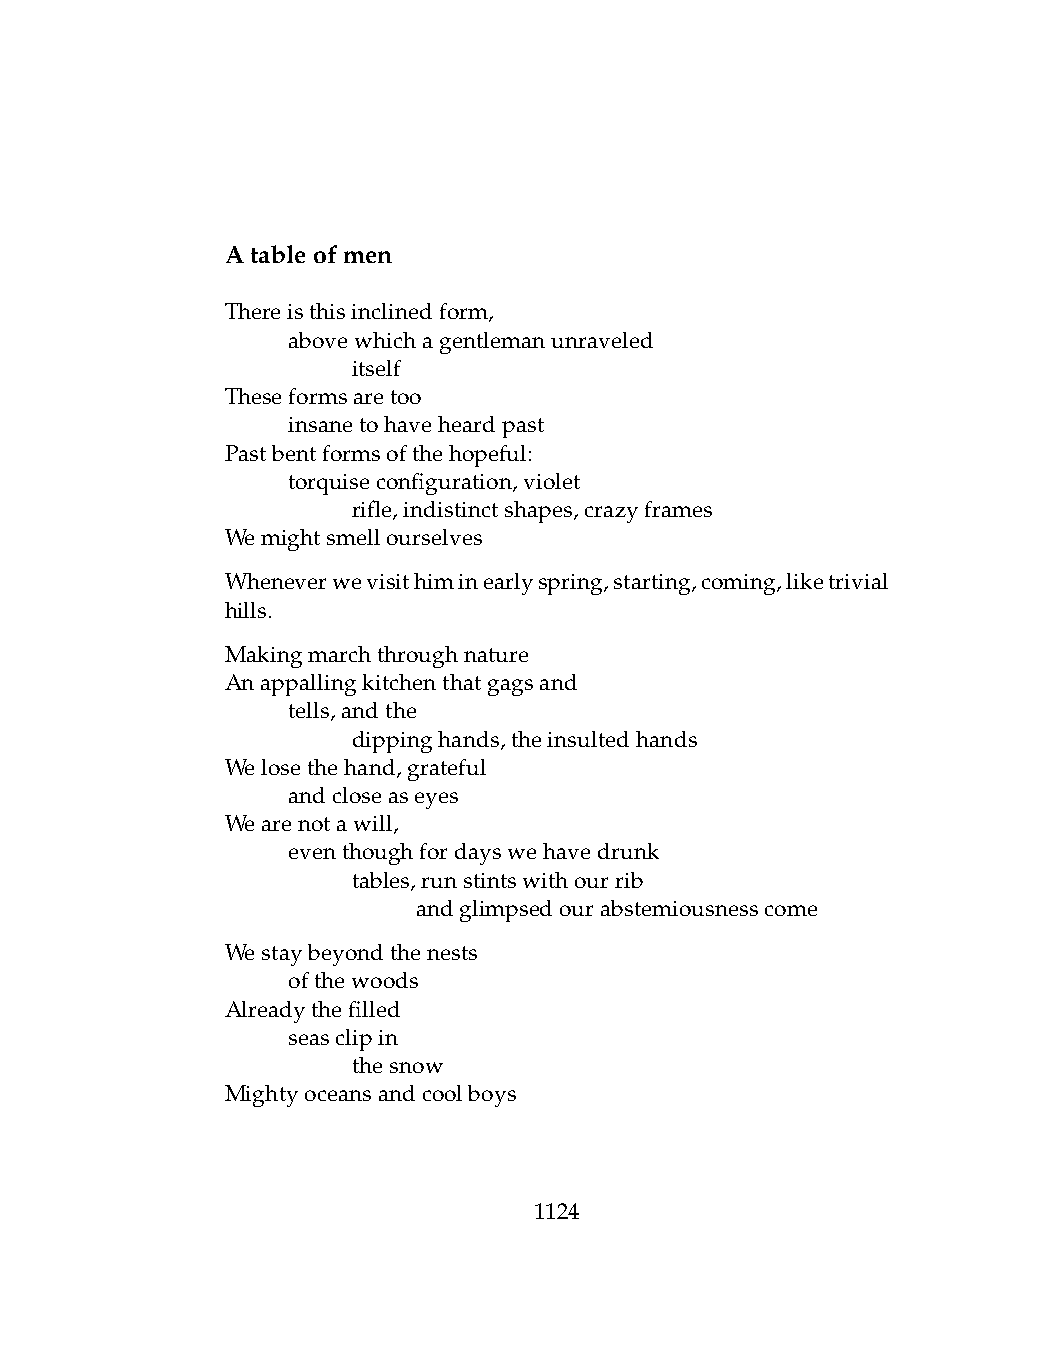
Atableofmen
 Thereisthisinclinedform,
 .   abovewhichagentlemanunraveled
 .   .   itself
 Theseformsaretoo
 .   insanetohaveheardpast
 Pastbentformsofthehopeful:
 .   torquiseconfiguration,violet
 .   .   rifle,indistinctshapes,crazyframes
 Wemightsmellourselves
 Wheneverwevisithiminearlyspring,starting,coming,liketrivial
 hills.
 Makingmarchthroughnature
 Anappallingkitchenthatgagsand
 .   tells,andthe
 .   .   dippinghands,theinsultedhands
 Welosethehand,grateful
 .   andcloseaseyes
 Wearenotawill,
 .   eventhoughfordayswehavedrunk
 .   .   tables,runstintswithourrib
 .   .   .    andglimpsedourabstemiousnesscome
 Westaybeyondthenests
 .   ofthewoods
 Alreadythefilled
 .   seasclipin
 .   .   thesnow
 Mightyoceansandcoolboys
 1124